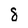
Character: 8